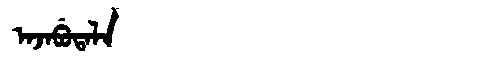
Manchu: ᠠᠵᠠᠪᡠᡨᠠᠯᠠ
Romanization: AJABUTALA